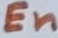
Text: En